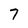
Character: 7